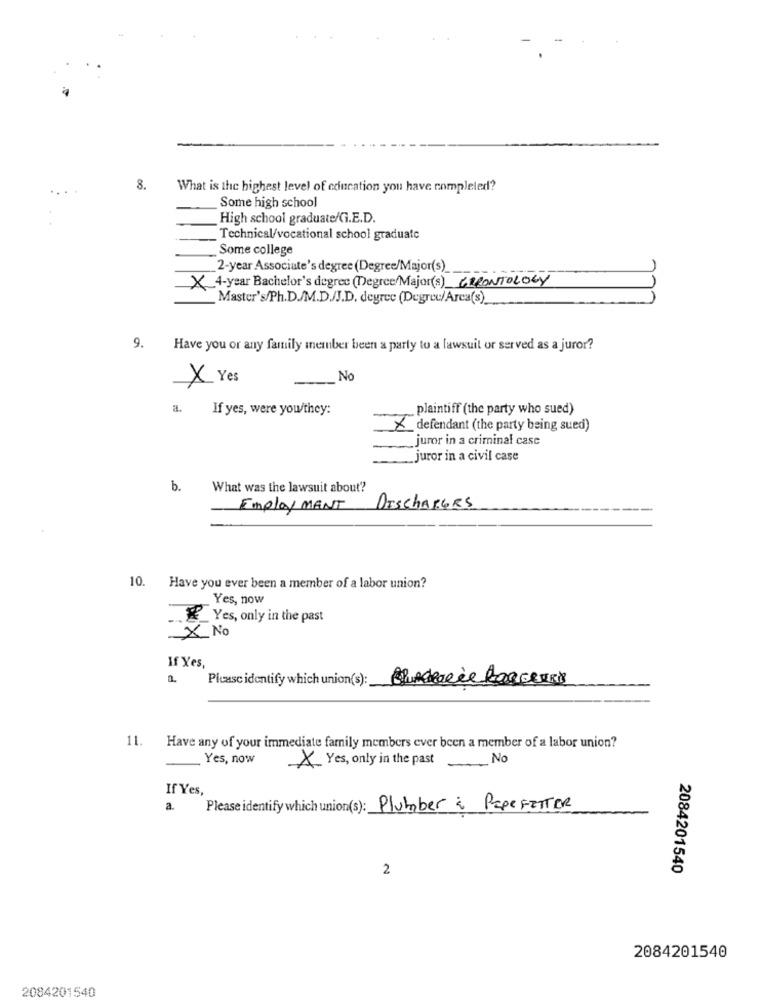
8.
What is the highest level of education you have completed?
Some high school
High school graduate/G.E.D.
Technical/vocational school graduate
Some college
2-year Associate's degree (Degree/Major(s)
X 4-year Bachelor's degree (Degree/Major(s) GERONTOLOGY
Master's/Ph.D./M.D.J.D. degree (Degree/Arca(s).
9. Have you or any family member been a party to a lawsuit or served as a juror?
X Yes
-
No
a. If yes, were you/they:
plaintiff (the party who sued)
× defendant (the party being sued)
juror in a criminal case
juror in a civil case
b.
What was the lawsuit about?
EmployMENT
DISCHARGES
10.
Have you ever been a member of a labor union?
Yes, now
"Yes, only in the past
X No
If Yes,
1.
Plcasc identify which union(s) :_
11. Have any of your immediate family members ever been a member of a labor union?
Yes, now
X Yes, only in the past No
If Yes,
a.
Please identify which union(s): Plumber & PepeFETTER
2
2084201540
2084201540
2084201540